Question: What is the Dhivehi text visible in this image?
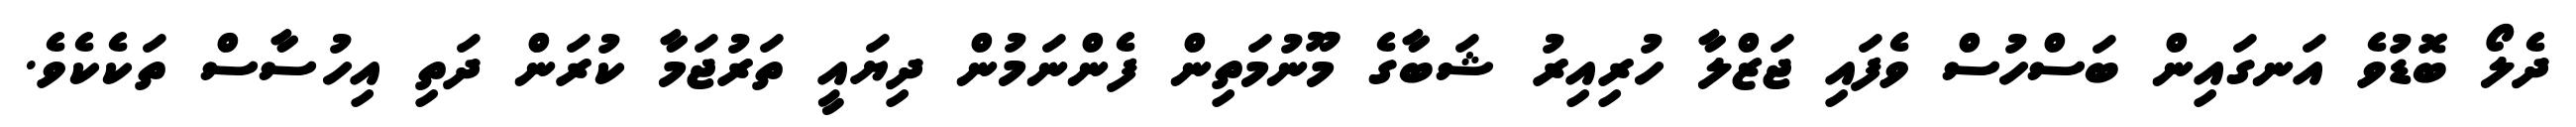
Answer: ދެލޯ ބޮޑުވެ އަނގައިން ބަސްހުސް ވެފައި ޖަޒްލާ ހުރިއިރު ޝަބާގެ މޫނުމަތިން ފެންނަމުން ދިޔައީ ތަރުޖަމާ ކުރަން ދަތި އިހުސާސް ތަކެކެވެ.